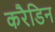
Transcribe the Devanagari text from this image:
करैडिन